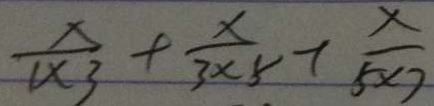
\frac { x } { 1 \times 3 } + \frac { x } { 3 \times 5 } + \frac { x } { 5 \times 7 }